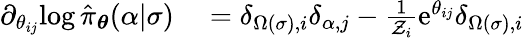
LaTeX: \begin{array}{rl}{\partial_{\theta_{ij}}\! \log\hat{\pi}_{\boldsymbol{\theta}}(\alpha\vert\sigma)}&{{}=\delta_{\Omega(\sigma),i}\delta_{\alpha,j}-\frac{1}{\mathcal{Z}_{i}}\mathrm{e}^{\theta_{ij}}\delta_{\Omega(\sigma),i}}\end{array}